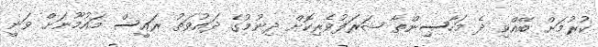
ކުރުމަށް ބޭއްވި ދެ މަހާސިންތާ ޝަރަފުވެރިކޮށް ދިނުމުގެ ދައުވަތު ރައީސް މައުމޫނަށް ވަނީ